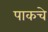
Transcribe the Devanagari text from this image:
पाकचे